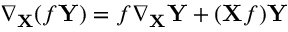
\nabla _ { \mathbf { X } } ( f \mathbf { Y } ) = f \nabla _ { \mathbf { X } } \mathbf { Y } + ( \mathbf { X } f ) \mathbf { Y }